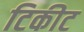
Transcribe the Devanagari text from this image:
टिकीट